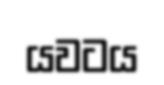
යවටය